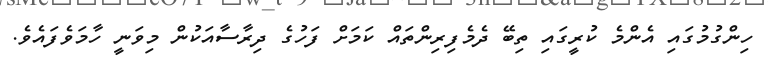
ހިންގުމުގައި އެންމެ ކުރީގައި ތިބޭ ދެމެފިރިންތައް ކަމަށް ފަހުގެ ދިރާސާއަކުން މިވަނީ ހާމަވެފައެވެ.